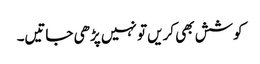
کوشش بھی کریں تو نہیں پڑھی جاتیں۔